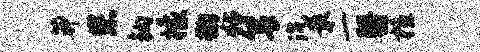
莽您钩檬鞠粘箐沉最一翳檀